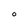
Character: O